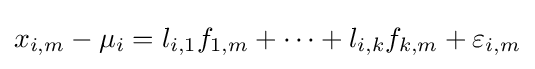
x_{i,m}-\mu _{i}=l_{i,1}f_{1,m}+\dots +l_{i,k}f_{k,m}+\varepsilon _{i,m}